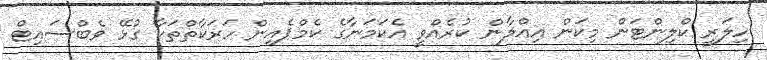
ހިލަރީ ކްލިންޓަން މިކަން އިޢްލާން ކުރެއްވީ އެކަމަނާގެ ކެމްޕެއިން ހަރަކާތްތަކާ ގުޅޭ ވެބްސައިޓް